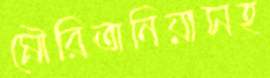
মৌরিতানিয়াসহ